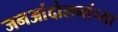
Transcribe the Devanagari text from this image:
जनआंदोलनांच्या